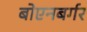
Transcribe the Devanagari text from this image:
बोएनबर्गर